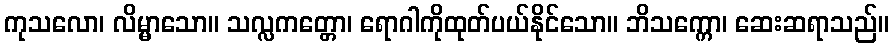
ကုသလော၊ လိမ္မာသော။ သလ္လကတ္တော၊ ရောဂါကိုထုတ်ပယ်နိုင်သော။ ဘိသက္ကော၊ ဆေးဆရာသည်။